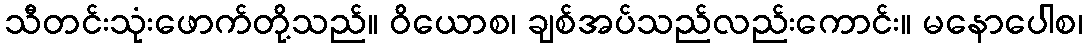
သီတင်းသုံးဖောက်တို့သည်။ ဝိယောစ၊ ချစ်အပ်သည်လည်းကောင်း။ မနောပေါစ၊